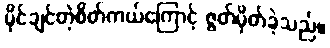
ပိုင်ချင်တဲ့စိတ်ကယ်ကြောင့် ဇွတ်မှိတ်ခဲ့သည်။